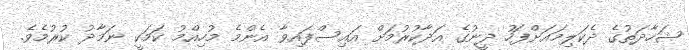
ޝަހާދަތުގެ ދެކަލިމައަށްފަހު ދީނުގެ އަދާކުރުމަށް އައިސްފައިވާ އެންމެ މުހިއްމު ކަމަކީ ނަމާދު ކުރުމެވެ.